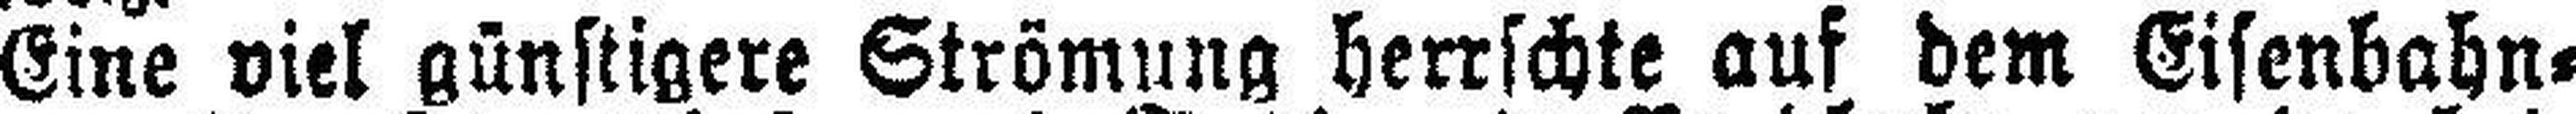
Eine viel günstigere Strömung herrschte auf dem Eisenbahn=